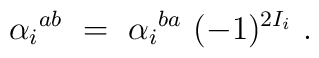
{\alpha_i}^{ab}  \ = \ {\alpha_i}^{ba} \ (-1)^{2 I_i} \ .